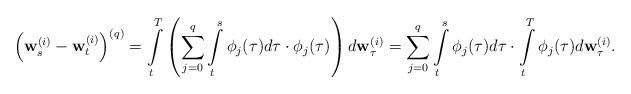
LaTeX: \begin{align*}\left({\bf w}_s^{(i)}-{\bf w}_t^{(i)}\right)^{(q)}=\int\limits_t^T\left(\sum_{j=0}^{q}\int\limits_t^s\phi_j(\tau)d\tau \cdot \phi_j(\tau)\right)d{\bf w}_{\tau}^{(i)}=\sum_{j=0}^{q}\int\limits_t^s\phi_j(\tau)d\tau \cdot \int\limits_t^T\phi_j(\tau)d{\bf w}_{\tau}^{(i)}.\end{align*}